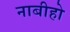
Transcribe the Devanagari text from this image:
नाबीहो